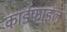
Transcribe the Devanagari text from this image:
कार्डफाइल